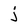
Character: j